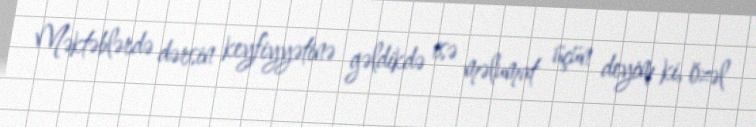
Məktəblərdə dərsin keyfiyyətinə gəldikdə isə məlumat üçün deyim ki, özəl